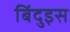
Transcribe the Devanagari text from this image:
बिंदुइस